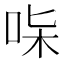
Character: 𠱟